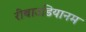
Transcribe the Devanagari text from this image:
रीबाउडियानम